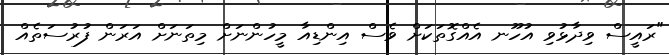
"ރައީސް ވިދާޅުވި އުހޫނ އެއްގޮތަކަށް ވެސް އިންޑިއާ މީހުންނަށް މިތަނަށް އަރަން ފުރުސަތެއް